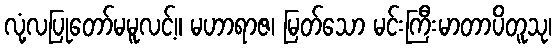
လုံ့လပြုတော်မမူလင့်။ မဟာရာဇ၊ မြတ်သော မင်းကြီးမာတာပိတူသု၊